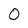
Character: 0